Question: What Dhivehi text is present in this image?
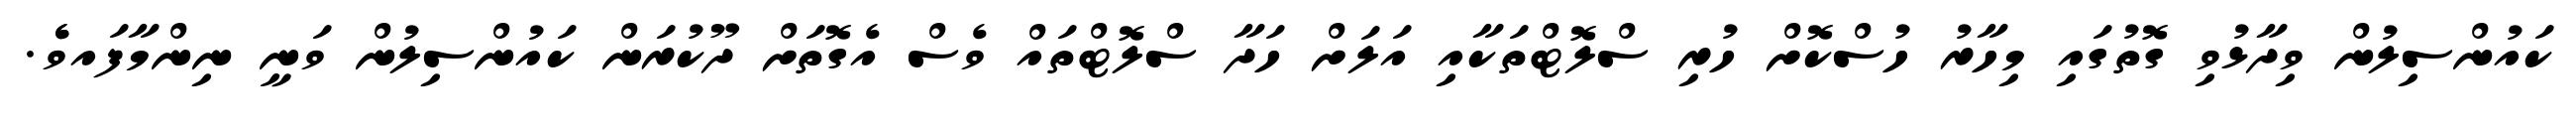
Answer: ކައުންސިލުން ވިދާޅުވި ގޮތުގައި މިހާރު ހުސްކޮށް ހުރި ސްލޮޓްތަކާއި އަލަށް ހަދާ ސްލޮޓްތައް ވެސް އެގޮތަށް ދޫކުރަން ކައުންސިލުން ވަނީ ނިންމާފައވެެ.